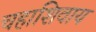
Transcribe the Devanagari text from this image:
चहाशिवाय